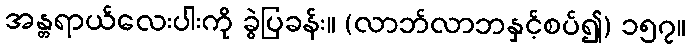
အန္တရာယ်လေးပါးကို ခွဲပြခန်း။ (လာဘ်လာဘနှင့်စပ်၍) ၁၅၇။